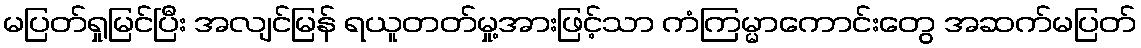
မပြတ်ရှုမြင်ပြီး အလျင်မြန် ရယူတတ်မှု့အားဖြင့်သာ ကံကြမ္မာကောင်းတွေ အဆက်မပြတ်